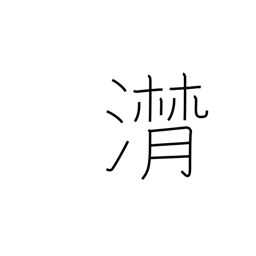
Meaning: flowing of tears